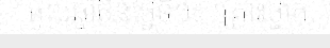
ចូលឆ្នាំចិនថ្ងៃទី១៖ គ្រោះថ្នាក់